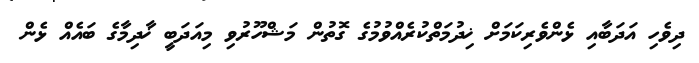
ދިވެހި އަދަބާއި ޅެންވެރިކަމަށް ޚިދުމަތްކުރެއްވުމުގެ ގޮތުން މަޝްހޫރުވި މިއަދަބީ ޚާދިމާގެ ބައެއް ޅެން